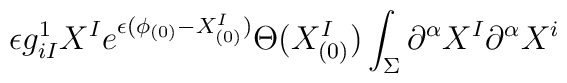
\epsilon  g^1_{iI} X^I e^{\epsilon(\phi_{(0)} - X^I_{(0)})}\Theta(X^I_{(0)}) \int _\Sigma\partial^\alpha X^I \partial^\alpha X^i